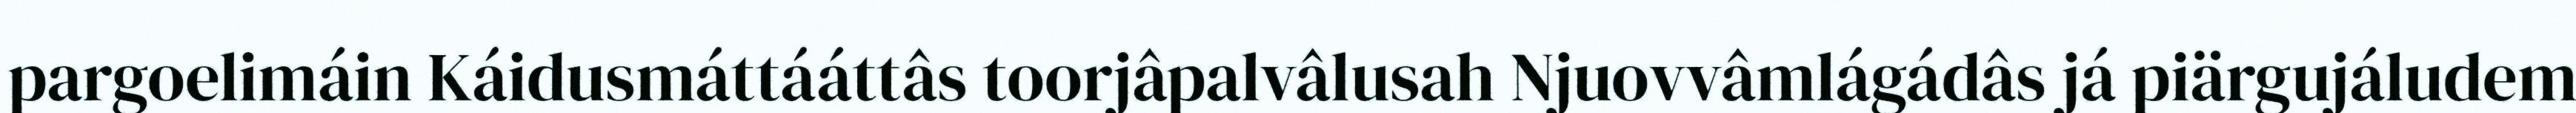
pargoelimáin Káidusmáttááttâs toorjâpalvâlusah Njuovvâmlágádâs já piärgujáludem